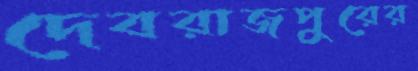
দেবরাজপুরের